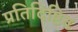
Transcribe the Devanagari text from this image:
प्रतिदिष्टित